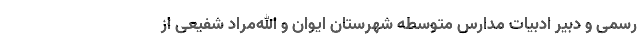
رسمی و دبیر ادبیات مدارس متوسطه شهرستان ایوان و الله‌مراد شفیعی از